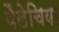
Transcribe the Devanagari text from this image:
वैलेचिया